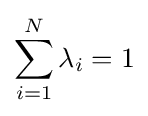
\sum _{i=1}^{N}\lambda _{i}=1